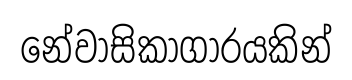
නේවාසිකාගාරයකින්